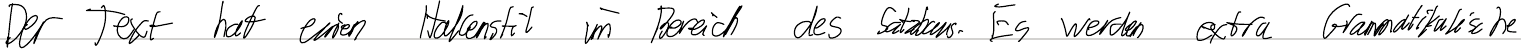
Der Text hat einen Hakenstil im Bereich des Satzbaus. Es werden extra Grammatikalische